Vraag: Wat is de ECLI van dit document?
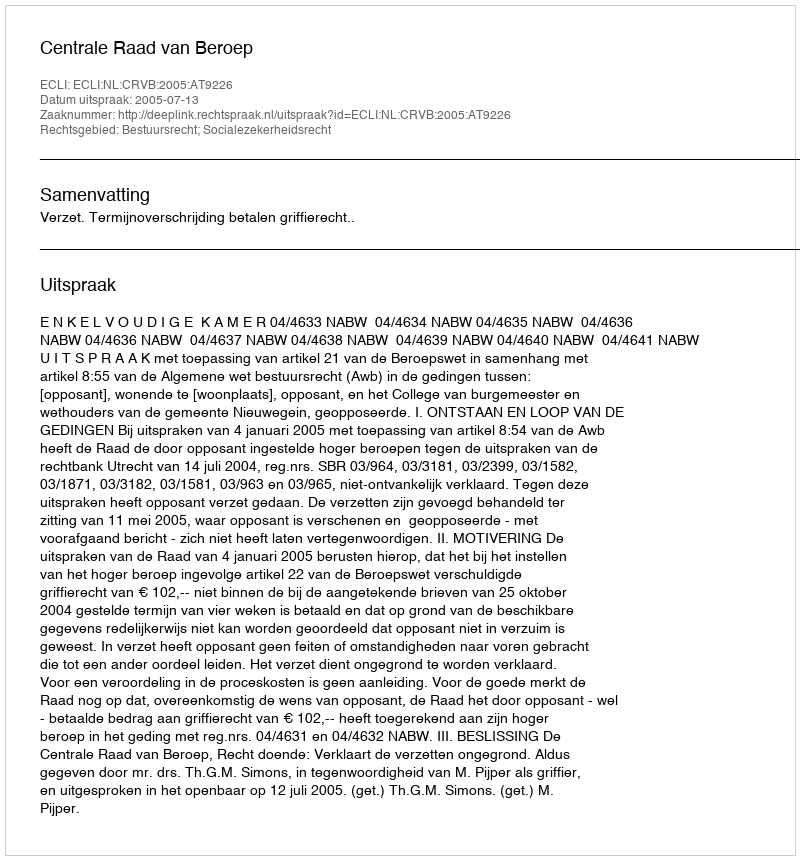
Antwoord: ECLI:NL:CRVB:2005:AT9226